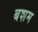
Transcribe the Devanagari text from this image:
बशम